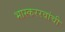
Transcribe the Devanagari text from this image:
भास्कररवांची